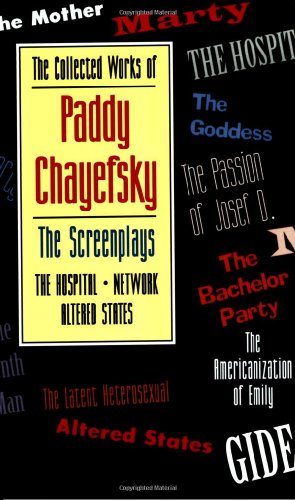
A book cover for The Collected Works of Paddy Chayefsky: The Screenplays Volume 2; Paddy Chayefsky; Humor & Entertainment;